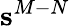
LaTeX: \mathbf{s}^{M-N}